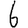
Digit: 6